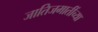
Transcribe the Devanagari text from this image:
जातिजमातींच्या